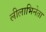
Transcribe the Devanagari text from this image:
लीलाभिनेता